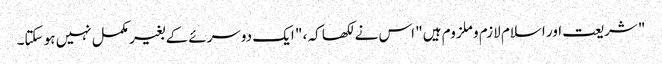
" شریعت اور اسلام لازم و ملزوم ہیں" اس نے لکھا کہ ، " ایک دوسرئے کے بغیر مکمل نہیں ہو سکتا۔